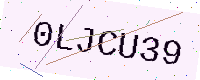
Text: 0LJCU39